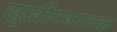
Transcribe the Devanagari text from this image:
सुसीमजातक